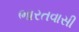
ભારતવાસી